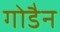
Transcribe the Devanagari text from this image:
गोडैन